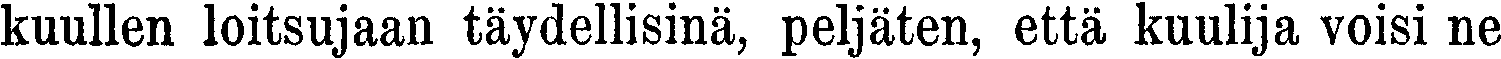
kuullen loitsujaan täydellisinä, peljäten, että kuulija voisi ne